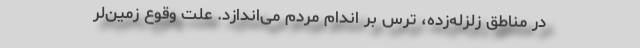
در مناطق زلزله‌زده، ترس بر اندام مردم می‌اندازد. علت وقوع زمین‌لر